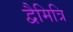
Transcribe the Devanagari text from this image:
द्वैमित्रि